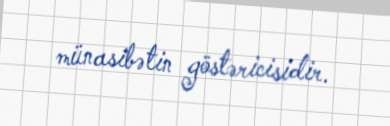
münasibətin göstəricisidir.